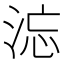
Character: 𰛹